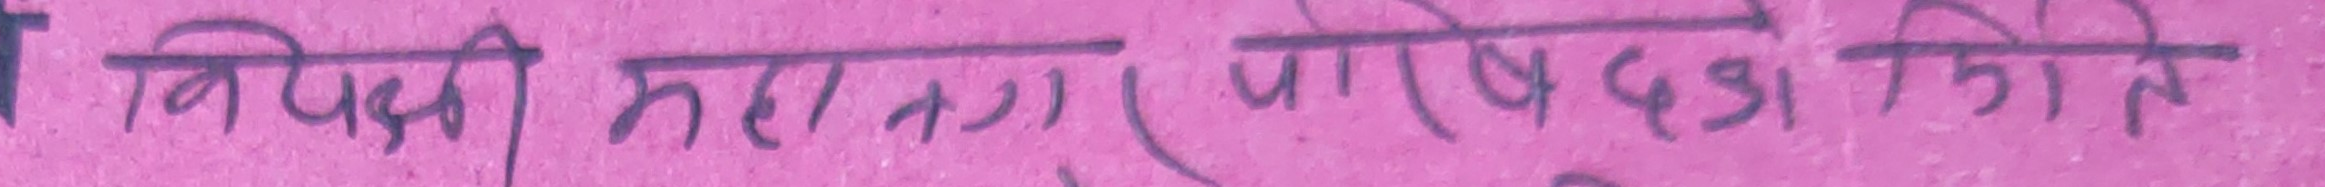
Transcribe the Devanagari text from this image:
विपक्षी महासंघ पालेदश कि ते